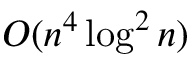
O ( n ^ { 4 } \log ^ { 2 } n )